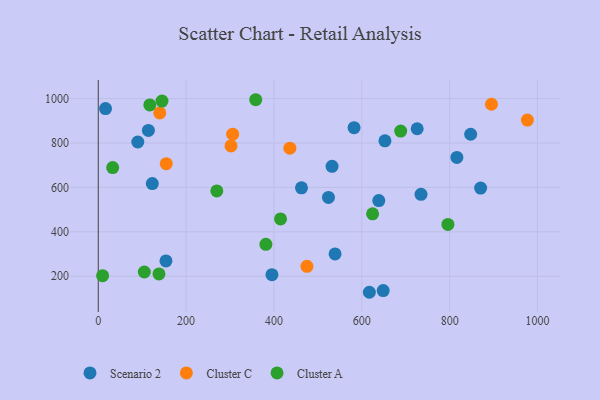
{"axis": {"x": "Investment", "y": "Demand"}, "legend": ["Cluster A", "Cluster C", "Scenario 2"], "data": [{"x": "154.1", "y": 268.8, "type": "Scenario 2"}, {"x": "734.8", "y": 569.0, "type": "Scenario 2"}, {"x": "726.1", "y": 864.2, "type": "Scenario 2"}, {"x": "847.9", "y": 839.3, "type": "Scenario 2"}, {"x": "524.1", "y": 555.0, "type": "Scenario 2"}, {"x": "16.5", "y": 954.9, "type": "Scenario 2"}, {"x": "582.4", "y": 869.1, "type": "Scenario 2"}, {"x": "114.1", "y": 856.7, "type": "Scenario 2"}, {"x": "539.1", "y": 300.7, "type": "Scenario 2"}, {"x": "462.7", "y": 598.3, "type": "Scenario 2"}, {"x": "395.4", "y": 207.1, "type": "Scenario 2"}, {"x": "816.5", "y": 735.1, "type": "Scenario 2"}, {"x": "870.6", "y": 597.0, "type": "Scenario 2"}, {"x": "648.7", "y": 135.3, "type": "Scenario 2"}, {"x": "617.2", "y": 127.8, "type": "Scenario 2"}, {"x": "532.3", "y": 694.7, "type": "Scenario 2"}, {"x": "652.7", "y": 809.8, "type": "Scenario 2"}, {"x": "123.0", "y": 617.2, "type": "Scenario 2"}, {"x": "90.0", "y": 804.4, "type": "Scenario 2"}, {"x": "638.7", "y": 540.6, "type": "Scenario 2"}, {"x": "895.3", "y": 974.4, "type": "Cluster C"}, {"x": "436.2", "y": 776.5, "type": "Cluster C"}, {"x": "306.0", "y": 839.8, "type": "Cluster C"}, {"x": "475.1", "y": 244.6, "type": "Cluster C"}, {"x": "140.0", "y": 935.3, "type": "Cluster C"}, {"x": "977.0", "y": 903.0, "type": "Cluster C"}, {"x": "154.8", "y": 706.9, "type": "Cluster C"}, {"x": "302.2", "y": 786.8, "type": "Cluster C"}, {"x": "796.1", "y": 433.2, "type": "Cluster A"}, {"x": "381.6", "y": 343.8, "type": "Cluster A"}, {"x": "415.0", "y": 458.1, "type": "Cluster A"}, {"x": "145.1", "y": 988.7, "type": "Cluster A"}, {"x": "117.3", "y": 971.4, "type": "Cluster A"}, {"x": "688.5", "y": 853.7, "type": "Cluster A"}, {"x": "269.9", "y": 584.1, "type": "Cluster A"}, {"x": "138.2", "y": 210.5, "type": "Cluster A"}, {"x": "9.9", "y": 202.4, "type": "Cluster A"}, {"x": "104.8", "y": 219.0, "type": "Cluster A"}, {"x": "624.6", "y": 481.1, "type": "Cluster A"}, {"x": "32.8", "y": 689.2, "type": "Cluster A"}, {"x": "358.5", "y": 994.8, "type": "Cluster A"}]}